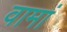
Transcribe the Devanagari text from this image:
वामां